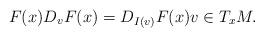
LaTeX: \begin{align*} F(x)D_vF(x) = D_{I(v)}F(x) v \in T_xM.\end{align*}